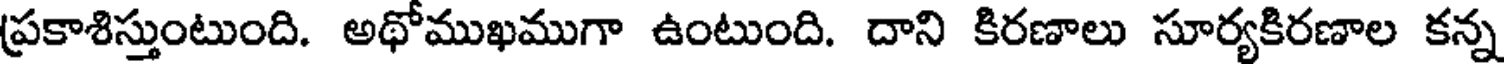
ప్రకాశిస్తుంటుంది. అథోముఖముగా ఉంటుంది. దాని కిరణాలు సూర్యకిరణాల కన్న